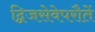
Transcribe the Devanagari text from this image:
द्विजसेवेपरौतें